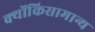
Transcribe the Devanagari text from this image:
क्योंकिसामान्य